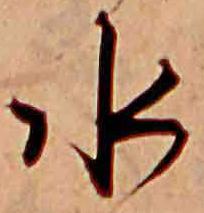
水